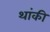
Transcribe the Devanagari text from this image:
थांकी